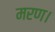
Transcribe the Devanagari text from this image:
मरण।